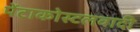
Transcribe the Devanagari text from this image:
पेंटाकोस्टलवादी